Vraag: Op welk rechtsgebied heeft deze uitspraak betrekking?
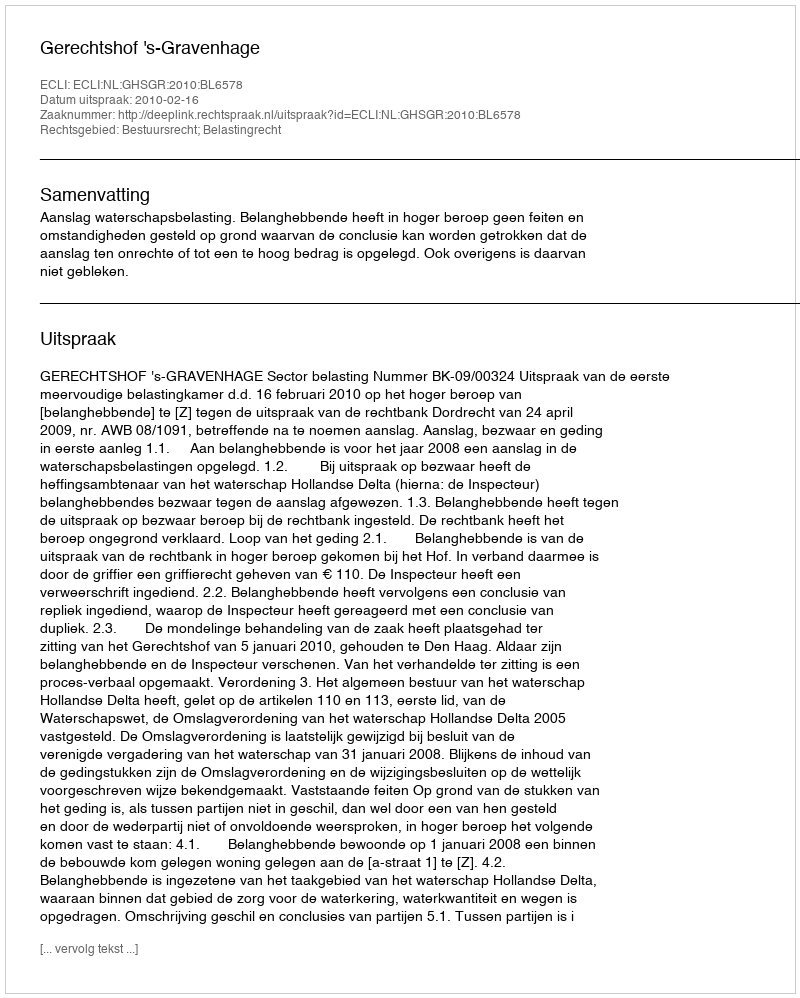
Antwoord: Bestuursrecht; Belastingrecht